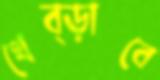
থেব্‌ড়াবে